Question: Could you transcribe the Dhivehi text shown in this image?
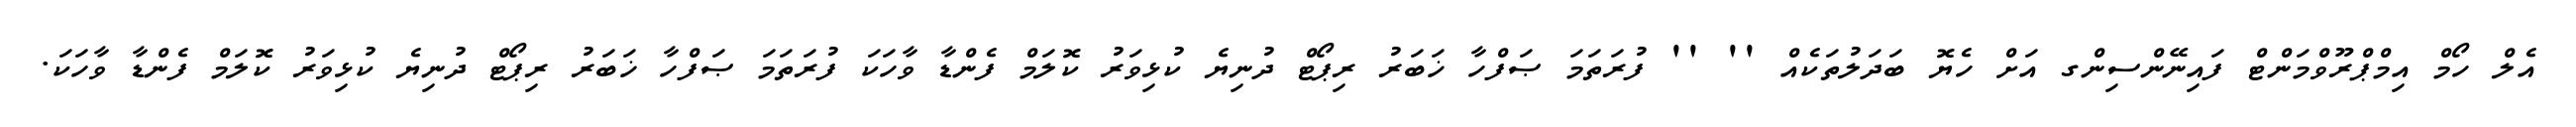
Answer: އެލް ހޯމް އިމްޕްރޫވްމަންޓް ފައިނޭންސިންގ އަށް ހެޔޮ ބަދަލުތަކެއް '' '' ފުރަތަމަ ޞަފްހާ ޚަބަރު ރިޕޯޓް ދުނިޔެ ކުޅިވަރު ކޮލަމް ފެންޑާ ވާހަކަ ފުރަތަމަ ޞަފްހާ ޚަބަރު ރިޕޯޓް ދުނިޔެ ކުޅިވަރު ކޮލަމް ފެންޑާ ވާހަކަ.